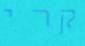
קרי